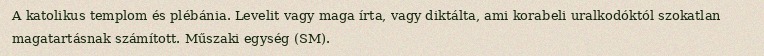
A katolikus templom és plébánia. Levelit vagy maga írta, vagy diktálta, ami korabeli uralkodóktól szokatlan magatartásnak számított. Műszaki egység (SM).